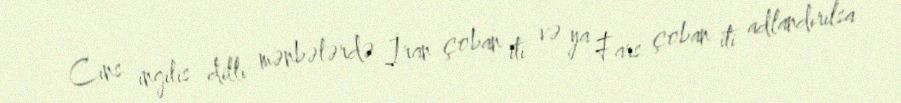
Cins ingilis dilli mənbələrdə İran çoban iti və ya Fars çoban iti adlandırılsa